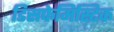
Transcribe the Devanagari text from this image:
डिसफेमिस्टिक